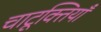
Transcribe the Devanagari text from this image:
चाटूक्तियाँ